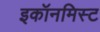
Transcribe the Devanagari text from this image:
इकॉनमिस्ट